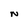
Character: N